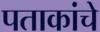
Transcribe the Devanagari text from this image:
पताकांचे